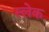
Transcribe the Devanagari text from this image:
स्लेक